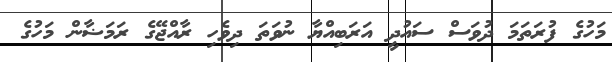
މަހުގެ ފުރަތަމަ ދުވަސް ސައުދީ އަރަބިއްޔާ ނުވަތަ ދިވެހި ރާއްޖޭގެ ރަމަޟާން މަހުގެ